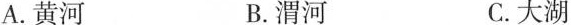
A.黄河 B.渭河 C.大湖